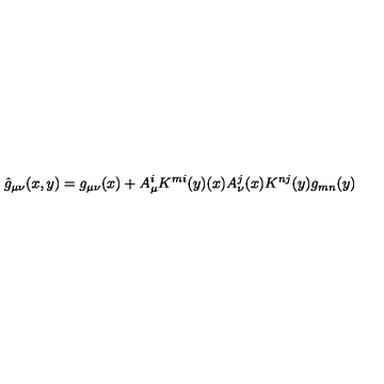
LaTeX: { \hat { g } } _ { \mu \nu } ( x , y ) = g _ { \mu \nu } ( x ) + A _ { \mu } ^ { i } K ^ { m i } ( y ) ( x ) A _ { \nu } ^ { j } ( x ) K ^ { n j } ( y ) g _ { m n } ( y )